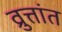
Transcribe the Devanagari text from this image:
व्रुत्तांत